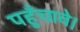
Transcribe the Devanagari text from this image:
पहुँचावे।